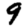
Digit: 9